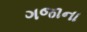
ગજાના